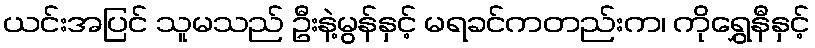
ယင်းအပြင် သူမသည် ဦးနဲ့မွန်နှင့် မရခင်ကတည်းက၊ ကိုရွှေနီနှင့်